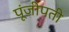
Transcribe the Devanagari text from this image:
पूंजीपती